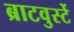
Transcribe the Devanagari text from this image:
ब्राटवुर्स्टे